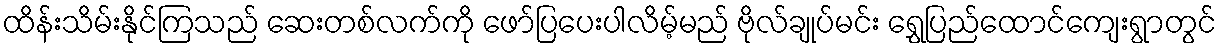
ထိန်းသိမ်းနိုင်ကြသည် ဆေးတစ်လက်ကို ဖော်ပြပေးပါလိမ့်မည် ဗိုလ်ချုပ်မင်း ရွှေပြည်ထောင်ကျေးရွာတွင်